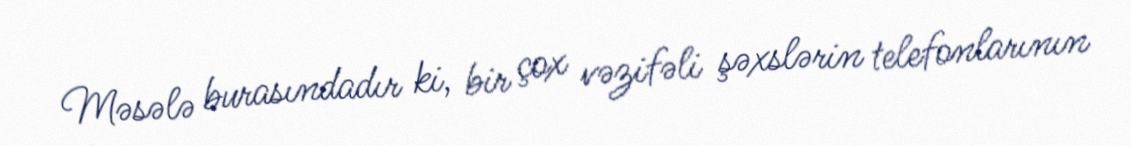
Məsələ burasındadır ki, bir çox vəzifəli şəxslərin telefonlarının